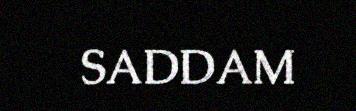
SADDAM